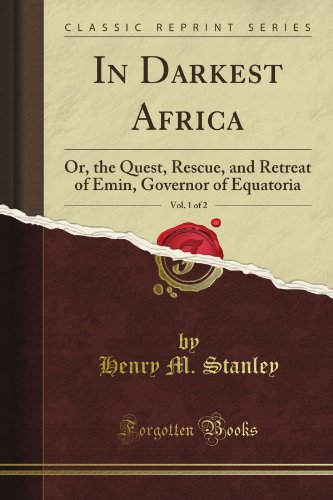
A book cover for In Darkest Africa: Or the Quest, Rescue, and Retreat of Emin, Governor of Equatoria, Vol. 1 (Classic Reprint); Henry M. Stanley; Travel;